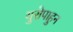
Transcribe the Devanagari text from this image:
युरोपाहुन